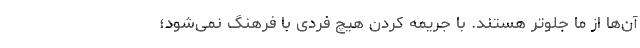
آن‌ها از ما جلوتر هستند. با جریمه کردن هیچ فردی با فرهنگ نمی‌شود؛